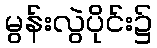
မွန်းလွဲပိုင်း၌